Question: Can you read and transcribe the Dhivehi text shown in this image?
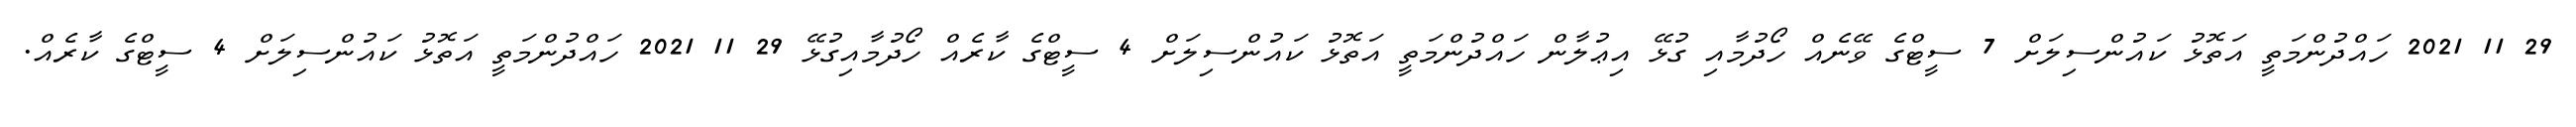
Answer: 29 11 2021 ހައްދުންމަތީ އަތޮޅު ކައުންސިލަށް 7 ސީޓްގެ ވޭނެއް ހޯދުމާއި ގުޅޭ އިޢުލާން ހައްދުންމަތީ އަތޮޅު ކައުންސިލަށް 4 ސީޓްގެ ކާރެއް ހޯދުމާއިގުޅޭ 29 11 2021 ހައްދުންމަތީ އަތޮޅު ކައުންސިލަށް 4 ސީޓްގެ ކާރެއް.